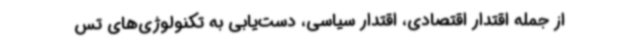
از جمله اقتدار اقتصادی، اقتدار سیاسی، دست‌یابی به تکنولوژی‌های تس